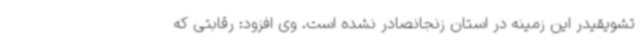
تشویقیدر این زمینه در استان زنجانصادر نشده است. وی افزود: رقابتی که